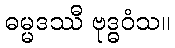
ဓမ္မဒဿီ ဗုဒ္ဓဝံသ။